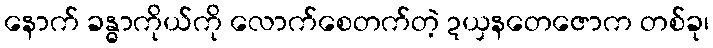
နောက် ခန္ဓာကိုယ်ကို လောက်စေတက်တဲ့ ဍယှနတေဇောက တစ်ခု၊